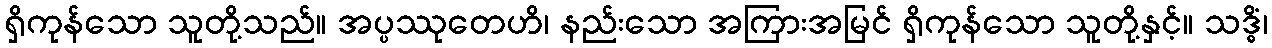
ရှိကုန်သော သူတို့သည်။ အပ္ပဿုတေဟိ၊ နည်းသော အကြားအမြင် ရှိကုန်သော သူတို့နှင့်။ သဒ္ဓိံ၊